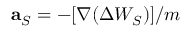
\mathbf { a } _ { S } = - [ \boldsymbol { \nabla } ( \Delta W _ { S } ) ] / m